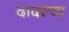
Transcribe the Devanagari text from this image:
दादल्या